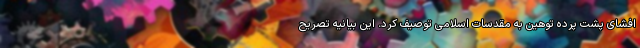
افشای پشت پرده توهین به مقدسات اسلامی توصیف کرد. این بیانیه تصریح